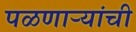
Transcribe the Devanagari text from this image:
पळणाऱ्यांची